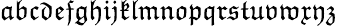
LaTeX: {\mathfrak{a}}{\mathfrak{b}}{\mathfrak{c}}{\mathfrak{d}}{\mathfrak{e}}{\mathfrak{f}}{\mathfrak{g}}{\mathfrak{h}}{\mathfrak{i}}{\mathfrak{j}}{\mathfrak{k}}{\mathfrak{l}}{\mathfrak{m}}{\mathfrak{n}}{\mathfrak{o}}{\mathfrak{p}}{\mathfrak{q}}{\mathfrak{r}}{\mathfrak{s}}{\mathfrak{t}}{\mathfrak{u}}{\mathfrak{v}}{\mathfrak{w}}{\mathfrak{x}}{\mathfrak{y}}{\mathfrak{z}}